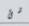
شئ